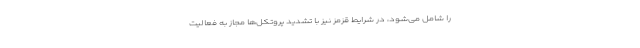
را شامل می‌شود، در شرایط قزمز نیز با تشدید پروتکل‌ها مجاز به فعالیت